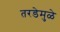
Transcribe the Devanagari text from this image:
तरडेमुळे